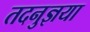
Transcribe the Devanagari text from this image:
तदनुज्ञया